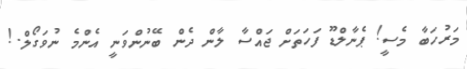
މަރުހަބާ މެސީ! ޕެނާލްޑޫ ފަހަތަށް ޖައްސާ ލާން ދެން ބޭނުންވަނީ އެންމެ ނުވަގޯލް.!